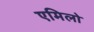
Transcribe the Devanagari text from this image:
एमिलो